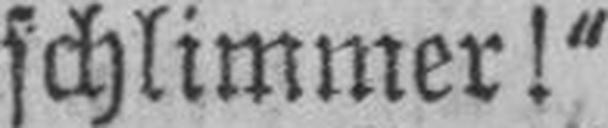
schlimmer!“